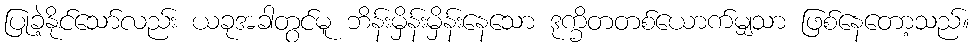
ပြုခဲ့နိုင်သော်လည်း ယခုအခါတွင်မူ ဘိန်းမှိန်းမှိန်းနေသော ဒုက္ခိတတစ်ယောက်မျှသာ ဖြစ်နေတော့သည်။